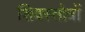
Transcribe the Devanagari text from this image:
शिवस्तोत्रों